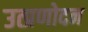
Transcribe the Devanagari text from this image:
उत्प्रणोदन